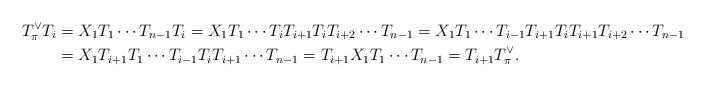
LaTeX: \begin{align*}T^\vee_\pi T_i &= X_1T_1\cdots T_{n-1}T_i = X_1 T_1\cdots T_i T_{i+1}T_i T_{i+2}\cdots T_{n-1} = X_1 T_1\cdots T_{i-1}T_{i+1}T_iT_{i+1}T_{i+2}\cdots T_{n-1} \\&= X_1 T_{i+1} T_1 \cdots T_{i-1}T_iT_{i+1}\cdots T_{n-1} = T_{i+1}X_1T_1\cdots T_{n-1} = T_{i+1}T^\vee_\pi.\end{align*}